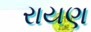
રાયણ